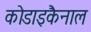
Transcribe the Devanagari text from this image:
कोडाइकैनाल